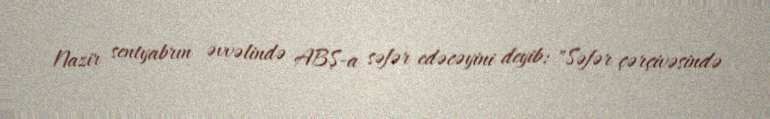
Nazir sentyabrın əvvəlində ABŞ-a səfər edəcəyini deyib: "Səfər çərçivəsində